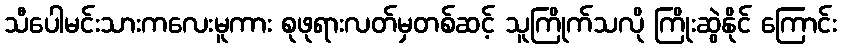
သီပေါမင်းသားကလေးမူကား စုဖုရားလတ်မှတစ်ဆင့် သူကြိုက်သလို ကြိုးဆွဲနိုင် ကြောင်း